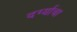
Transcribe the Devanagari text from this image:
दर्ग्याचा